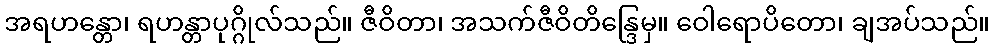
အရဟန္တော၊ ရဟန္တာပုဂ္ဂိုလ်သည်။ ဇီဝိတာ၊ အသက်ဇီဝိတိန္ဒြေမှ။ ဝေါရောပိတော၊ ချအပ်သည်။